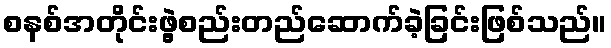
စနစ်အတိုင်းဖွဲ့စည်းတည်ဆောက်ခဲ့ခြင်းဖြစ်သည်။